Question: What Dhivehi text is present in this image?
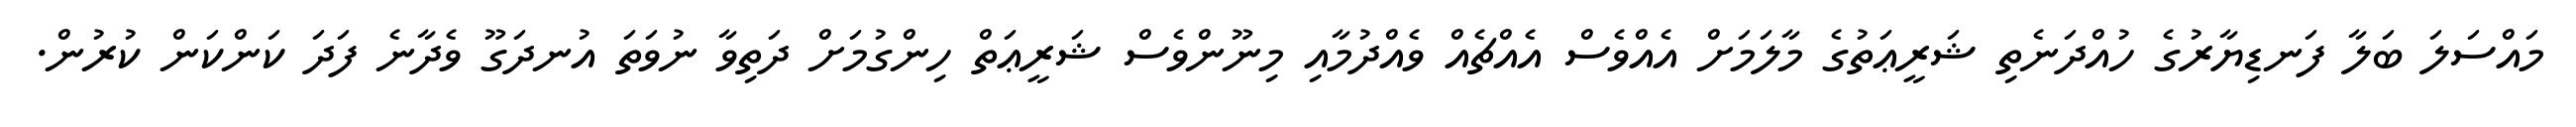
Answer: މައްސަލަ ބަލާ ފަނޑިޔާރުގެ ހުއްދަނެތި ޝަރީޢަތުގެ މާލަމަށް އެއްވެސް އެއްޗެއް ވެއްދުމާއި މިނޫންވެސް ޝަރީޢަތް ހިންގުމަށް ދަތިވާ ނުވަތަ އުނދަގޫ ވެދާނެ ފަދަ ކަންކަން ކުރުން.